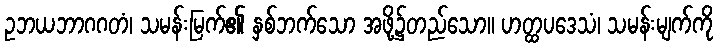
ဥဘယဘာဂဂတံ၊ သမန်းမြက်၏ နှစ်ဘက်သော အဖို့၌တည်သော။ ဟတ္ထပဒေသံ၊ သမန်းမျက်ကို